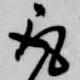
取